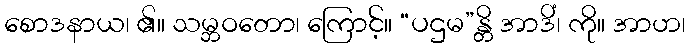
စောဒနာယ၊ ၏။ သမ္ဘဝတော၊ ကြောင့်။ “ပဌမ”န္တိ အာဒိံ၊ ကို။ အာဟ၊